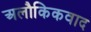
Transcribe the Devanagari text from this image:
अलौकिकवाद